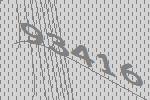
93416